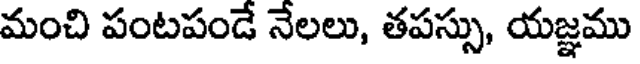
మంచి పంటపండే నేలలు, తపస్సు, యజ్ఞము